Riigikantselei, lk 43
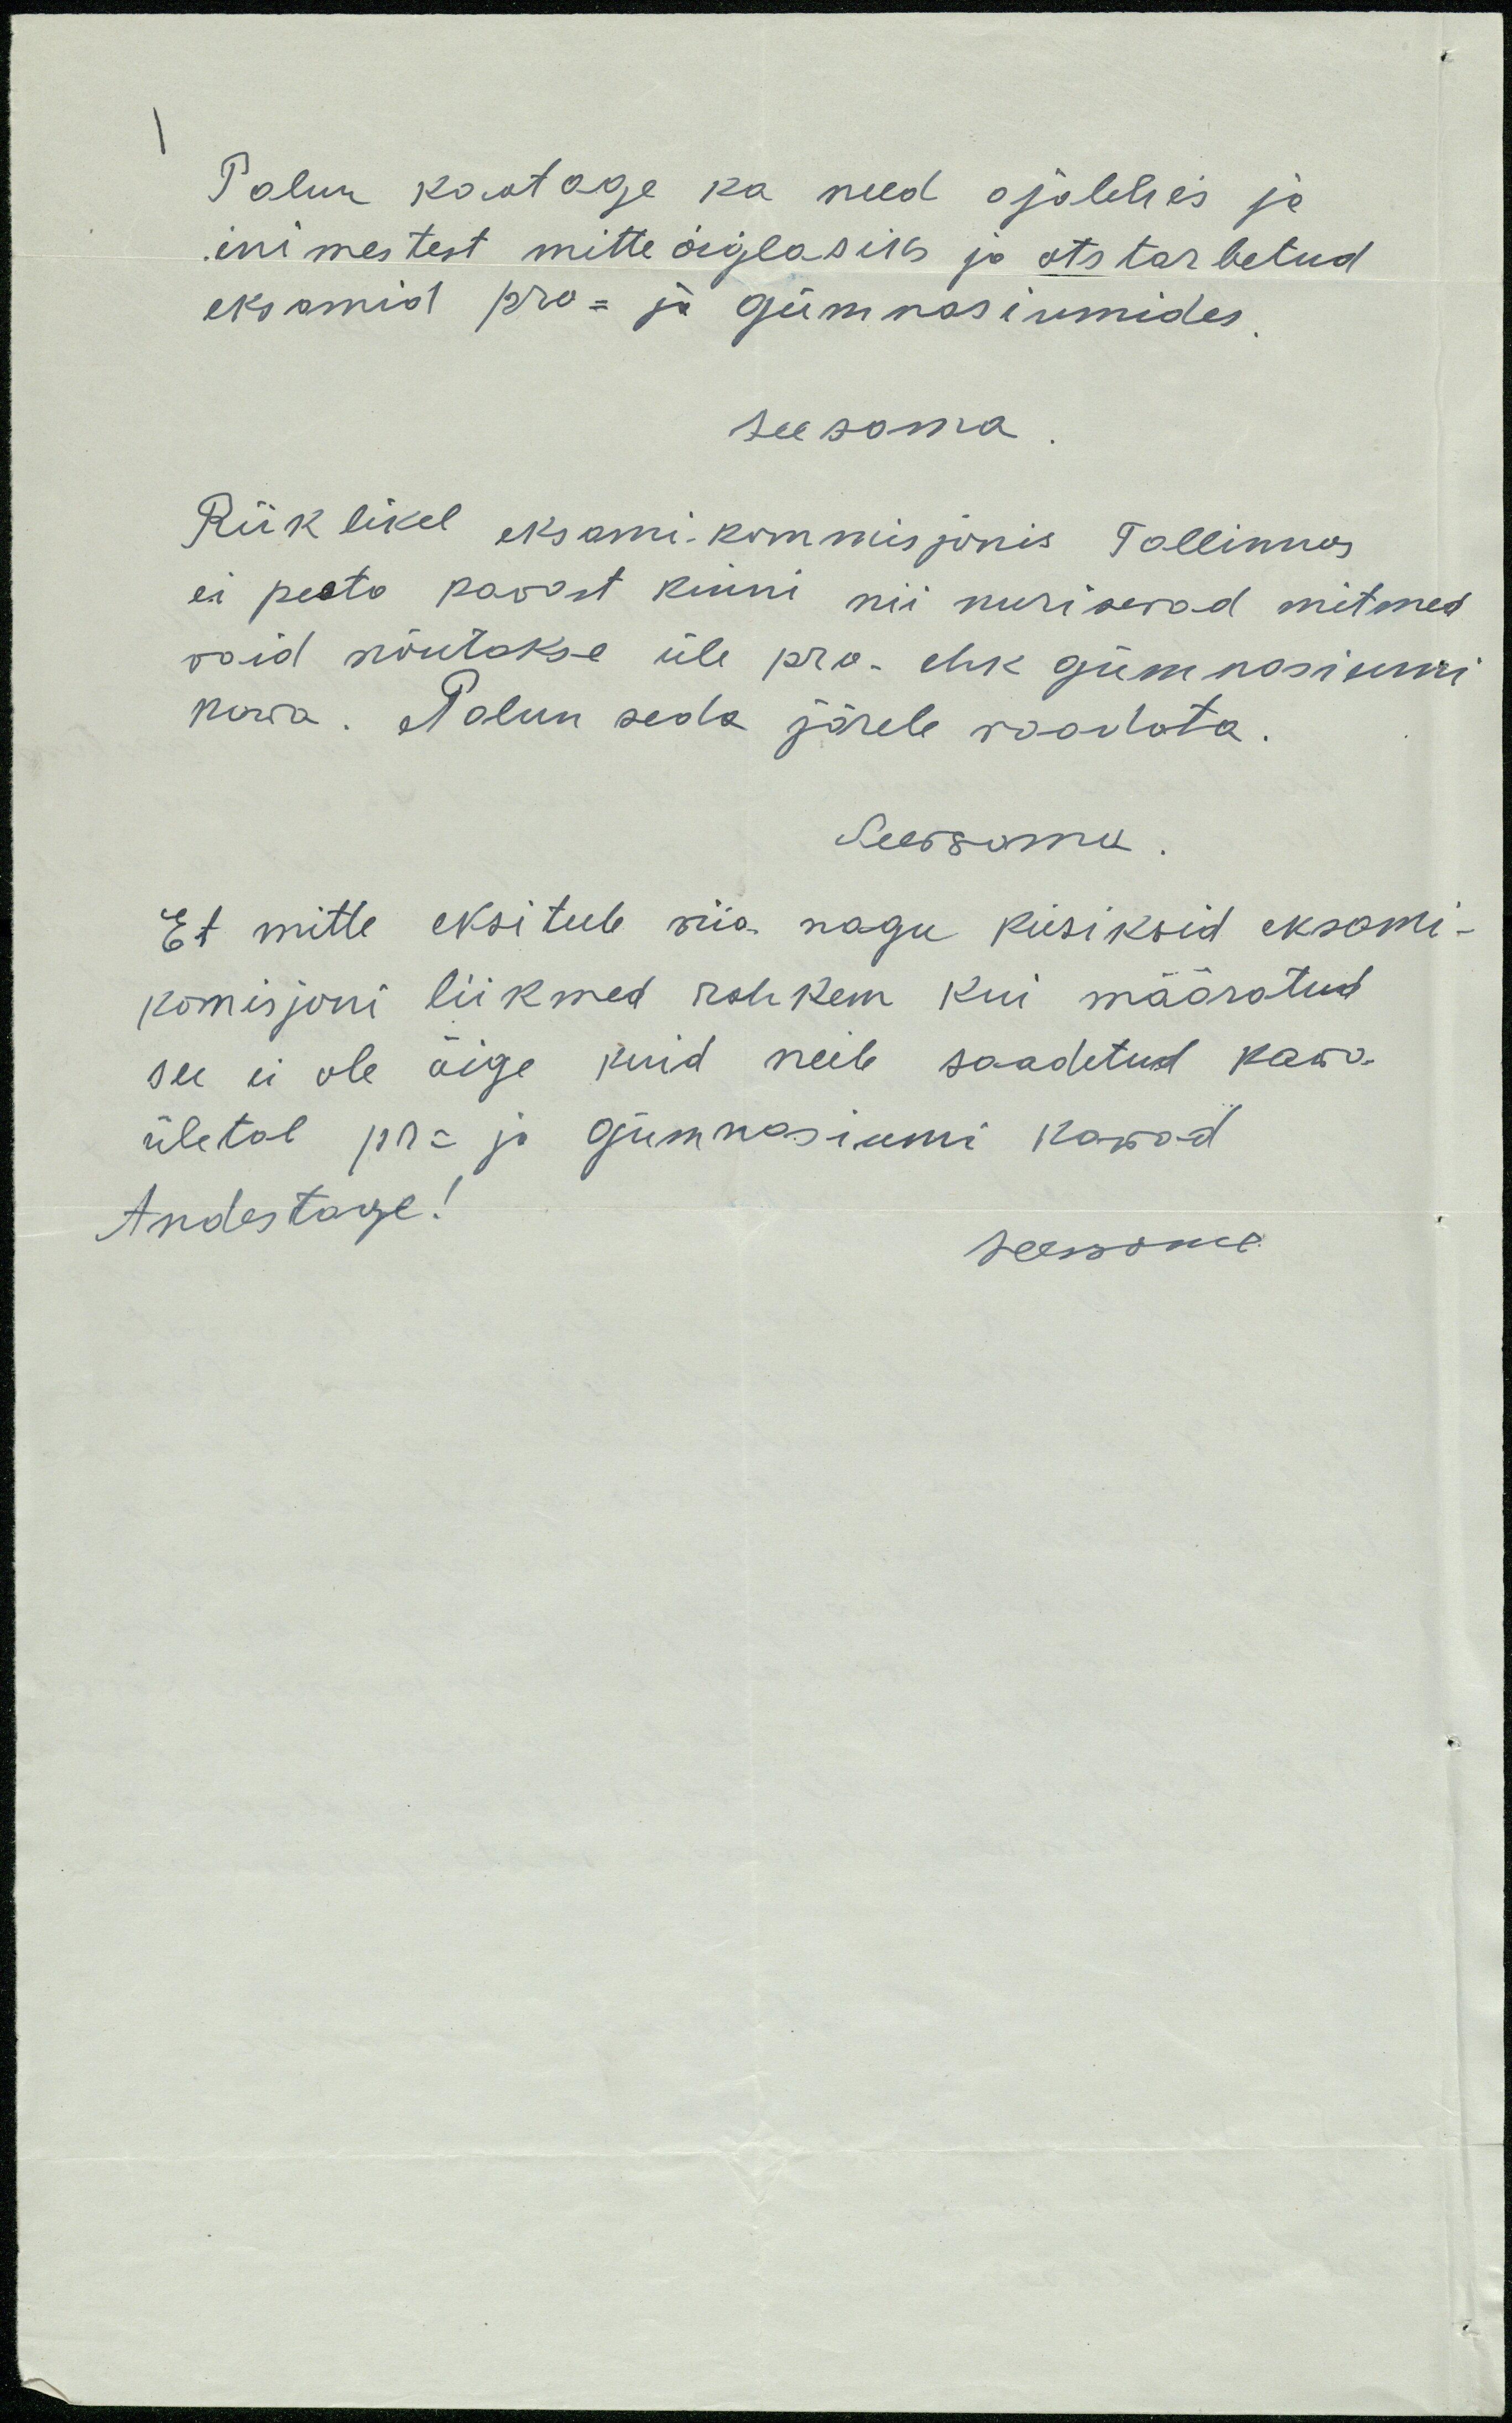
Palun kaotage ka need ajalehes ja
inimestest mitte öiglasiks ja otstarbetud
eksamid pro- ja gümnasiumides
Seesama.
Riiklikel eksami kommisjonis Tallinnas
ei peata kavast kinni nii nurisevad mitmed
vaid nõutakse üle pro- ehk gümnasiumi
korra. Palun seda järele vaadata
Seesama
Et mitte eksitub siia nagu küsiksid eksami-
komisjoni liikmed rohkem kui määratud
see ei ole õige kuid neile saadetud kawa.
ületab pr- ja gümnasiumi korrad
Andestage!
Seesama